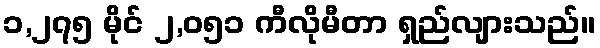
၁,၂၇၅ မိုင် ၂,၀၅၁ ကီလိုမီတာ ရှည်လျားသည်။